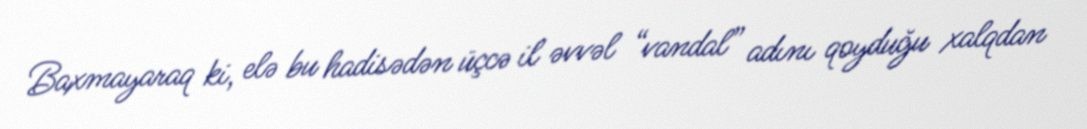
Baxmayaraq ki, elə bu hadisədən üçcə il əvvəl “vandal” adını qoyduğu xalqdan